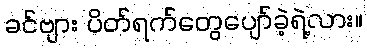
ခင်ဗျား ပိတ်ရက်တွေပျော်ခဲ့ရဲ့လား။